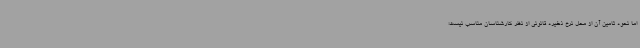
اما نحوه تامین آن از محل نرخ ذخیره قانونی از نظر کارشناسان مناسب نیست؛